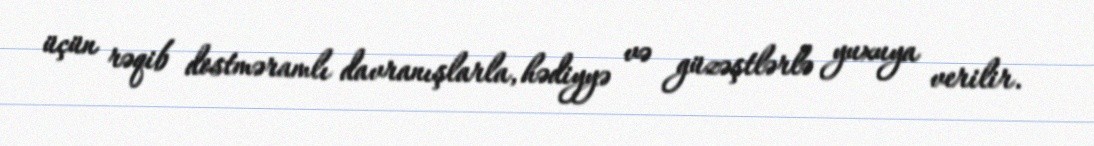
üçün rəqib dostməramlı davranışlarla, hədiyyə və güzəştlərlə yuxuya verilir.